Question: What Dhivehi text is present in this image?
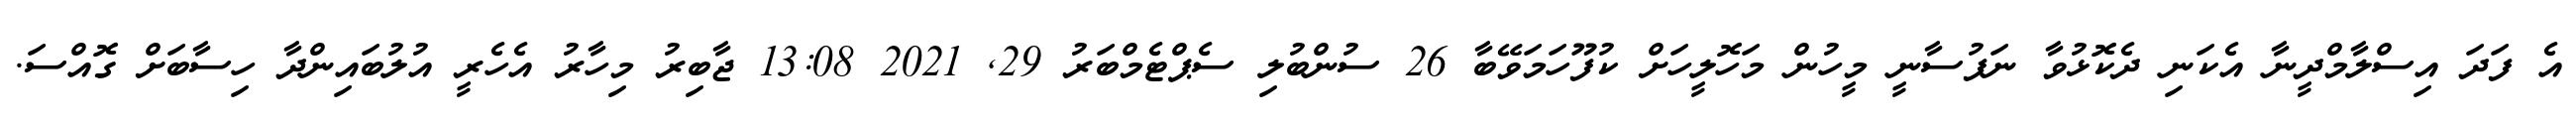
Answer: އެ ފަދަ އިސްލާމްދީނާ އެކަނި ދެކޮޅުވާ ނަފުސާނީ މީހުން މަހޮލީހަށް ކުފޫހަމަވޭބާ 26 ސުންބުލި ސެޕްޓެމްބަރު 29, 2021 13:08 ޖާބިރު މިހާރު އެހެރީ އުލުބައިންދާ ހިސާބަށް ގޮއްސަ.